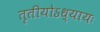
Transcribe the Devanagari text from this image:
तृतीयोऽध्यायः